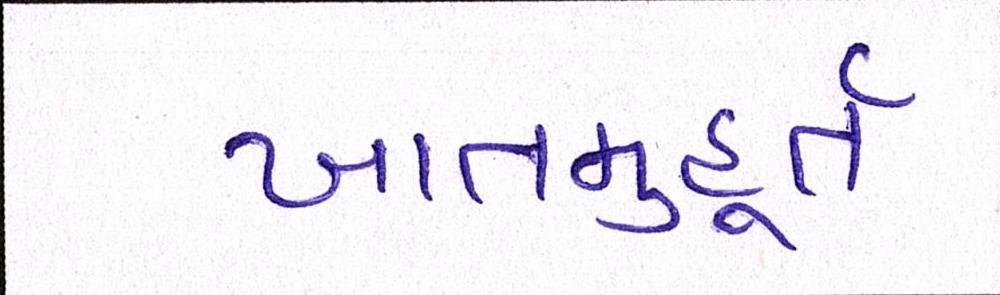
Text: ખાતમુહૂર્ત